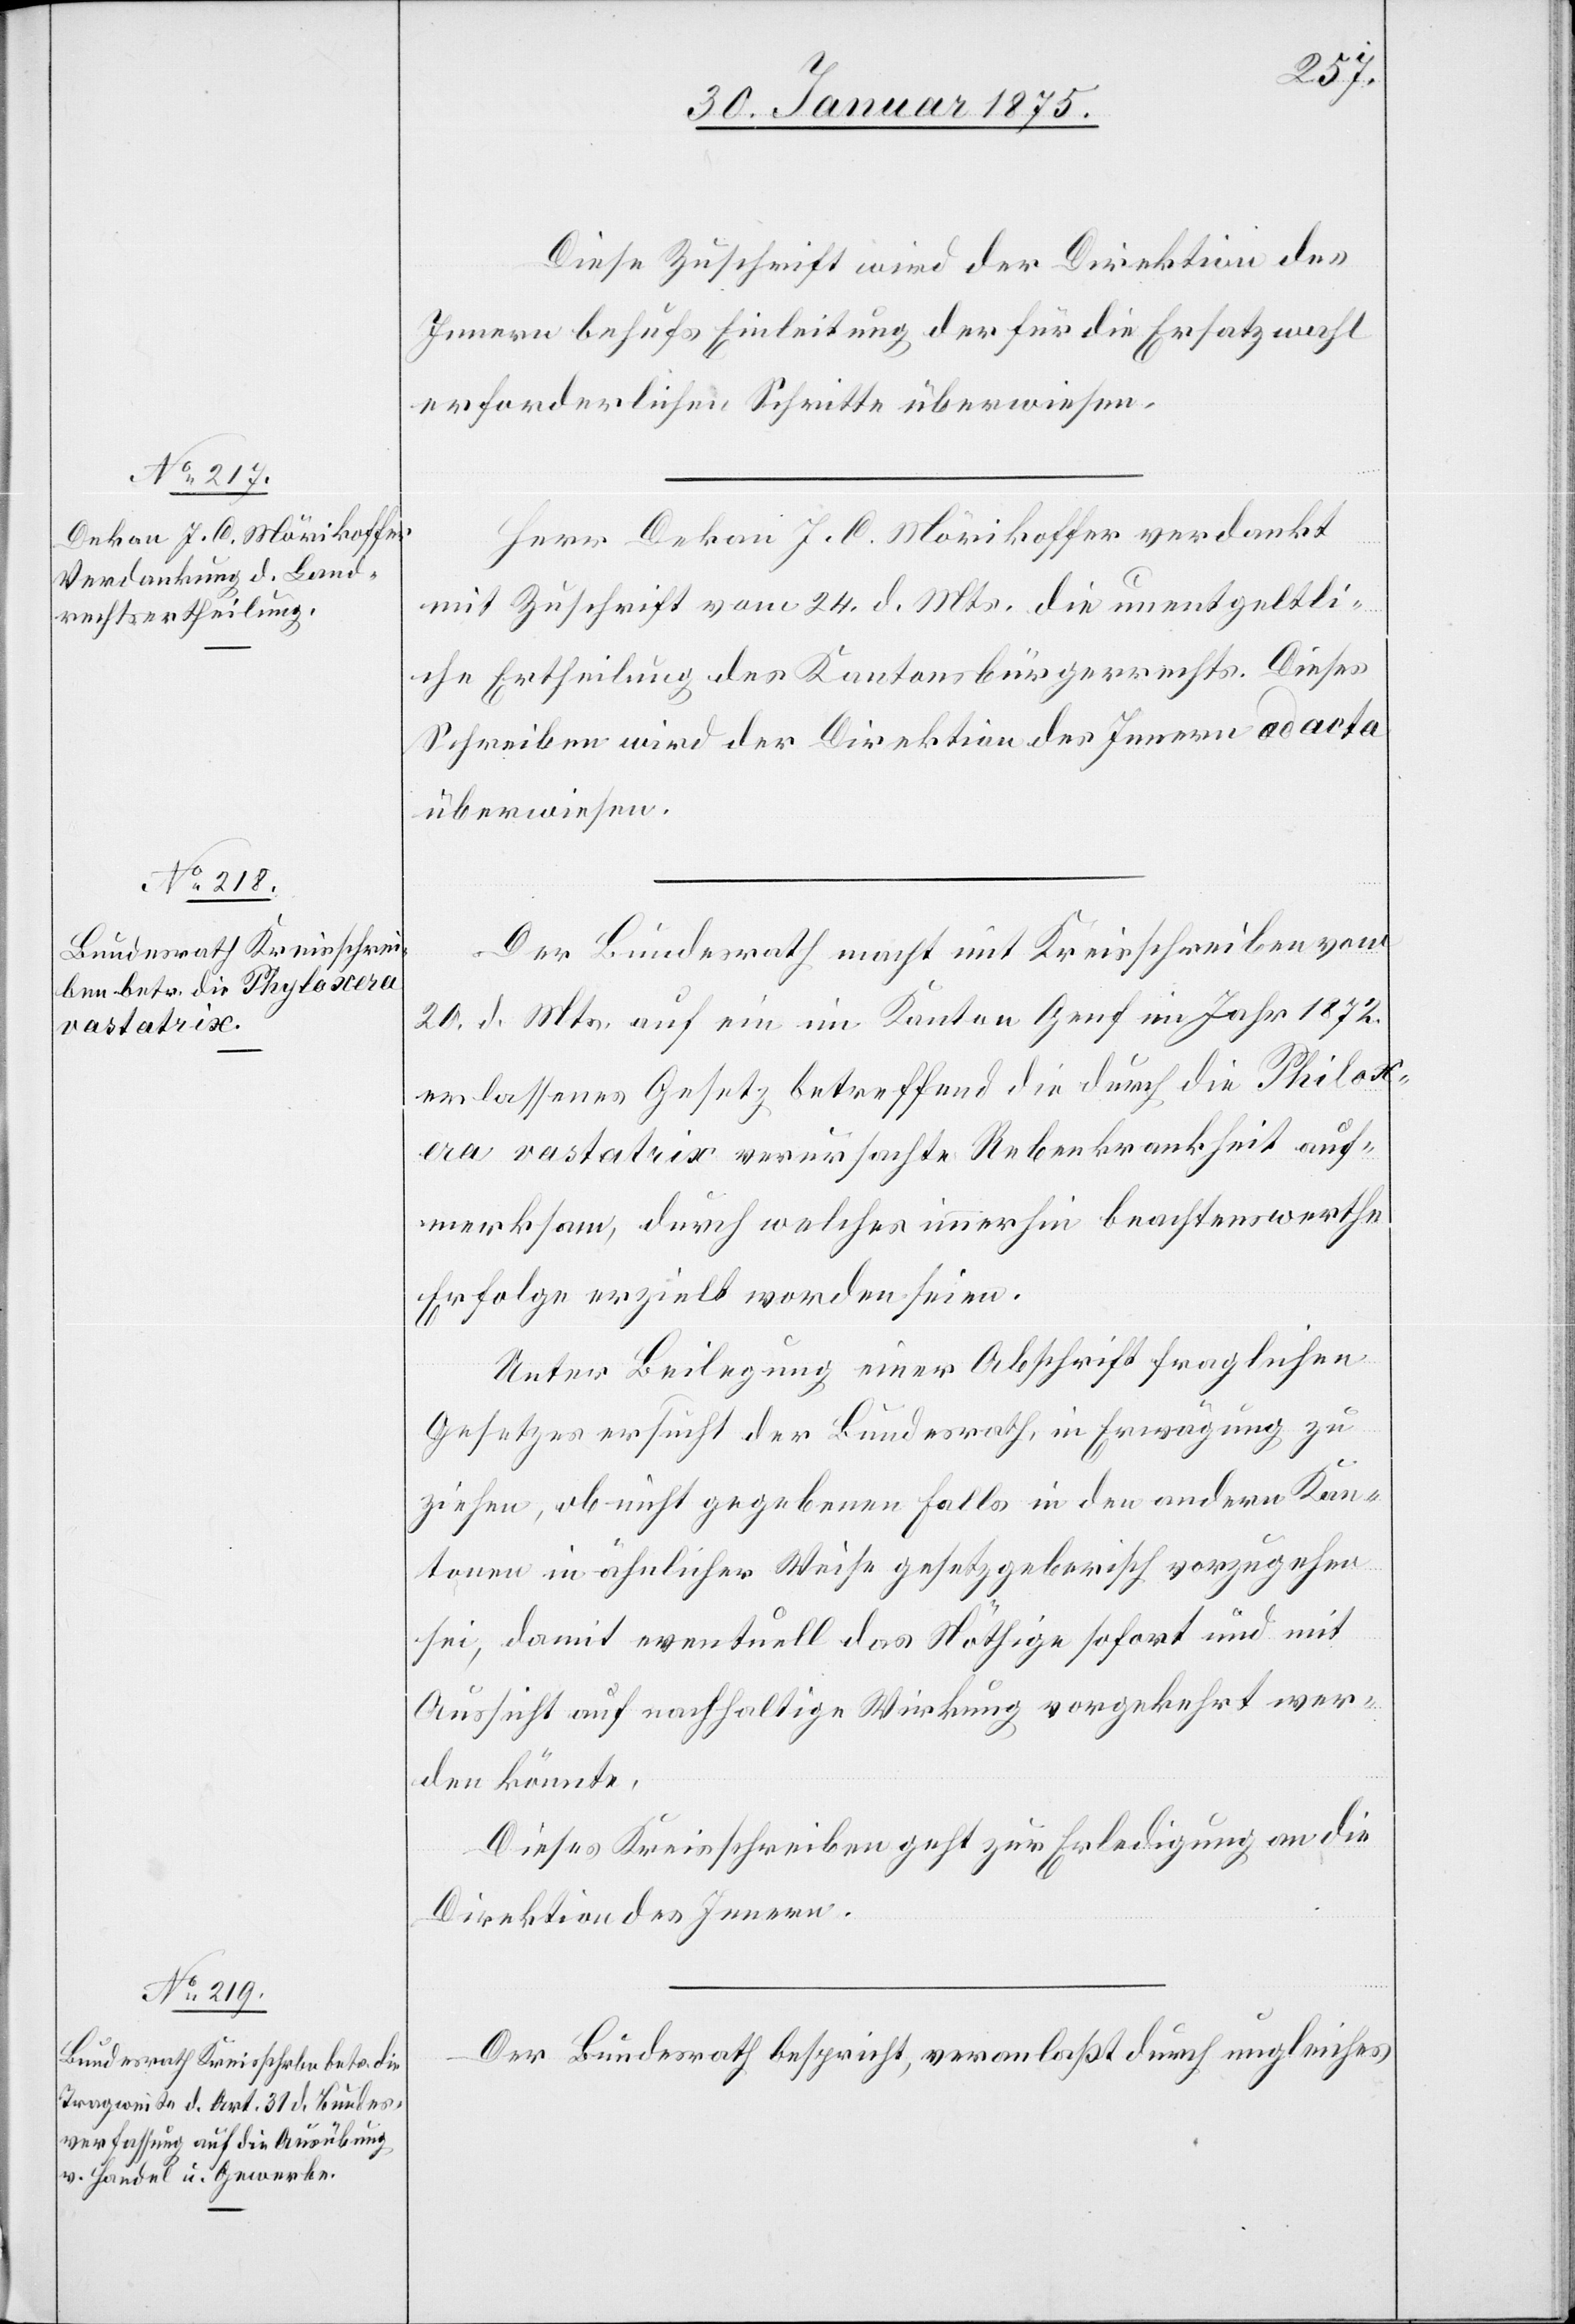
Diese Zuschrift wird der Direktion des
Innern behufs Einleitung der für die Ersatzwahl
erforderlichen Schritte überweisen.
Herr Dekan J. C. Mörikoffer verdankt
mit Zuschrift vom 24. d. Mts. die unentgeltli¬
che Ertheilung des Kantonsbürgerrechts. Dieses
Schreiben wird der Direktion des Innern ad acta
überwiesen.
Der Bundesrath macht mit Kreisschreiben vom
20. d. Mts. auf ein im Kanton Genf im Jahr 1872.
erlassenes Gesetz betreffend die durch die Philoxera
[sic!] vastatrix verursachte Rebenkrankheit auf¬
merksam, durch welches immerhin beachtenswerthe
Erfolge erzielt worden seien.
Unter Beilegung einer Abschrift fraglichen
Gesetzes ersucht der Bundesrath, in Erwägung zu
ziehen, ob nicht gegebenen Falls in den andern Kan¬
tonen in ähnlicher Weise gesetzgeberisch vorzugehen
sei, damit eventuell das Nöthige sofort und mit
Aussicht auf nachhaltige Wirkung vorgekehrt wer¬
den könnte.
Dieses Kreisschreiben geht zur Erledigung an die
Direktion des Innern.
Der Bundesrath bespricht, veranlaßt durch ungleiches